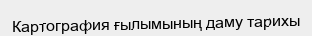
Картография ғылымының даму тарихы